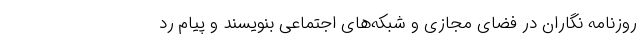
روزنامه نگاران در فضای مجازی و شبکه‌های اجتماعی بنویسند و پیام رد